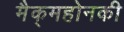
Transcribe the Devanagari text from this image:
मैक्‌महोनकी